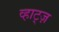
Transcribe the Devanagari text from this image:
व्हाट्ज़